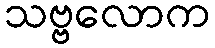
သဗ္ဗလောက